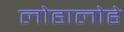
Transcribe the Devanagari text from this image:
लोहालोहे